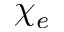
\chi _ { e }